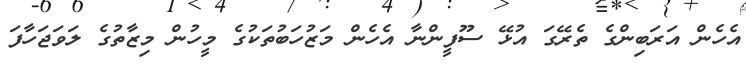
އެހެން އަރަބިންގެ ތެރޭގަ އުޅޭ ސޫފީންނާ އެހެން މަޒުހަބުތަކުގެ މީހުން މިޒާތުގެ ލަވަޖަހާފަ